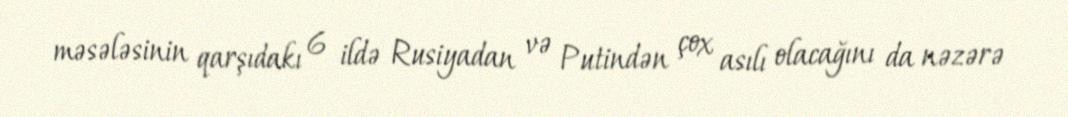
məsələsinin qarşıdakı 6 ildə Rusiyadan və Putindən çox asılı olacağını da nəzərə